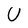
Character: U